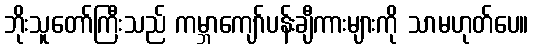
ဘိုးသူတော်ကြီးသည် ကမ္ဘာကျော်ပန်းချီကားများကို သာမဟုတ်ပေ။